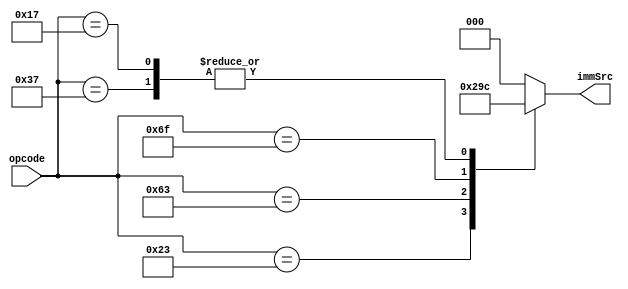
module instr_decoder (
    input [6:0] opcode,
    output reg [2:0] immSrc
);
    localparam LOAD_OP    = 7'b0000011;
    localparam STORE_OP   = 7'b0100011;
    localparam R_Type_OP  = 7'b0110011;
    localparam I_Type_OP  = 7'b0010011;
    localparam SB_Type_OP = 7'b1100011;
    localparam JAL_OP     = 7'b1101111;
    localparam LUI_OP     = 7'b0110111;
    localparam AUIPC_OP   = 7'b0010111;
    localparam JALR_OP    = 7'b1100111;

    always @(*) begin
        case (opcode)
            LOAD_OP:     immSrc = 3'b000;
            STORE_OP:    immSrc = 3'b001;
            R_Type_OP:   immSrc = 3'b000; // 3'bxxx
            SB_Type_OP:  immSrc = 3'b010;
            I_Type_OP:   immSrc = 3'b000;
            JAL_OP:      immSrc = 3'b011;
            LUI_OP:      immSrc = 3'b100;
            AUIPC_OP:    immSrc = 3'b100;
            JALR_OP:     immSrc = 3'b000;
            default:     immSrc = 3'b000;
        endcase
    end
endmodule